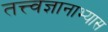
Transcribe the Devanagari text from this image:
तत्त्वज्ञानाभ्यास